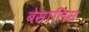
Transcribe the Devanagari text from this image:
बेसालिस